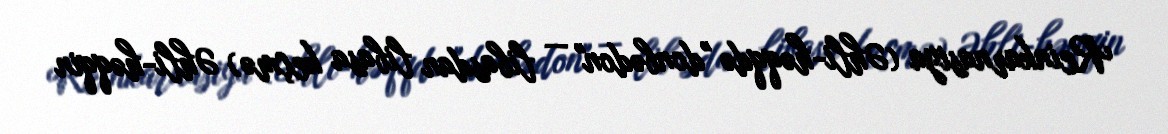
Reinkarnasiya (Əhli-həqqdə "donbədon" — libasdan libasa keçmə) Əhli-həqqin